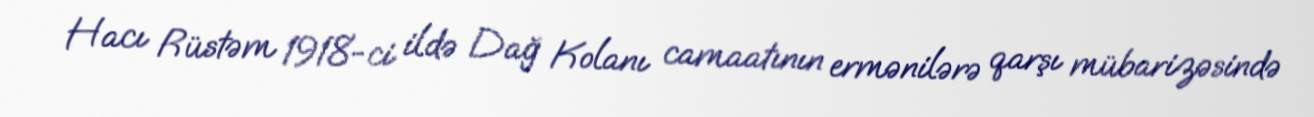
Hacı Rüstəm 1918-ci ildə Dağ Kolanı camaatının ermənilərə qarşı mübarizəsində